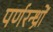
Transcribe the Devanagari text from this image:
पर्णरन्ध्रों